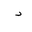
Letter: _dal